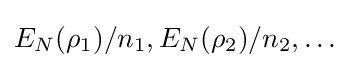
E_{N}(\rho _{1})/n_{1},E_{N}(\rho _{2})/n_{2},\ldots